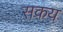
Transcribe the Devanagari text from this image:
सकय